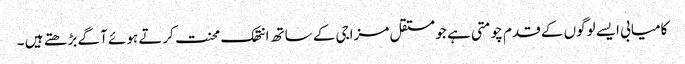
کامیابی ایسے لوگوں کے قدم چومتی ہے جو مستقل مزاجی کے ساتھ انتھک محنت کرتے ہوئے آگے بڑھتے ہیں ۔